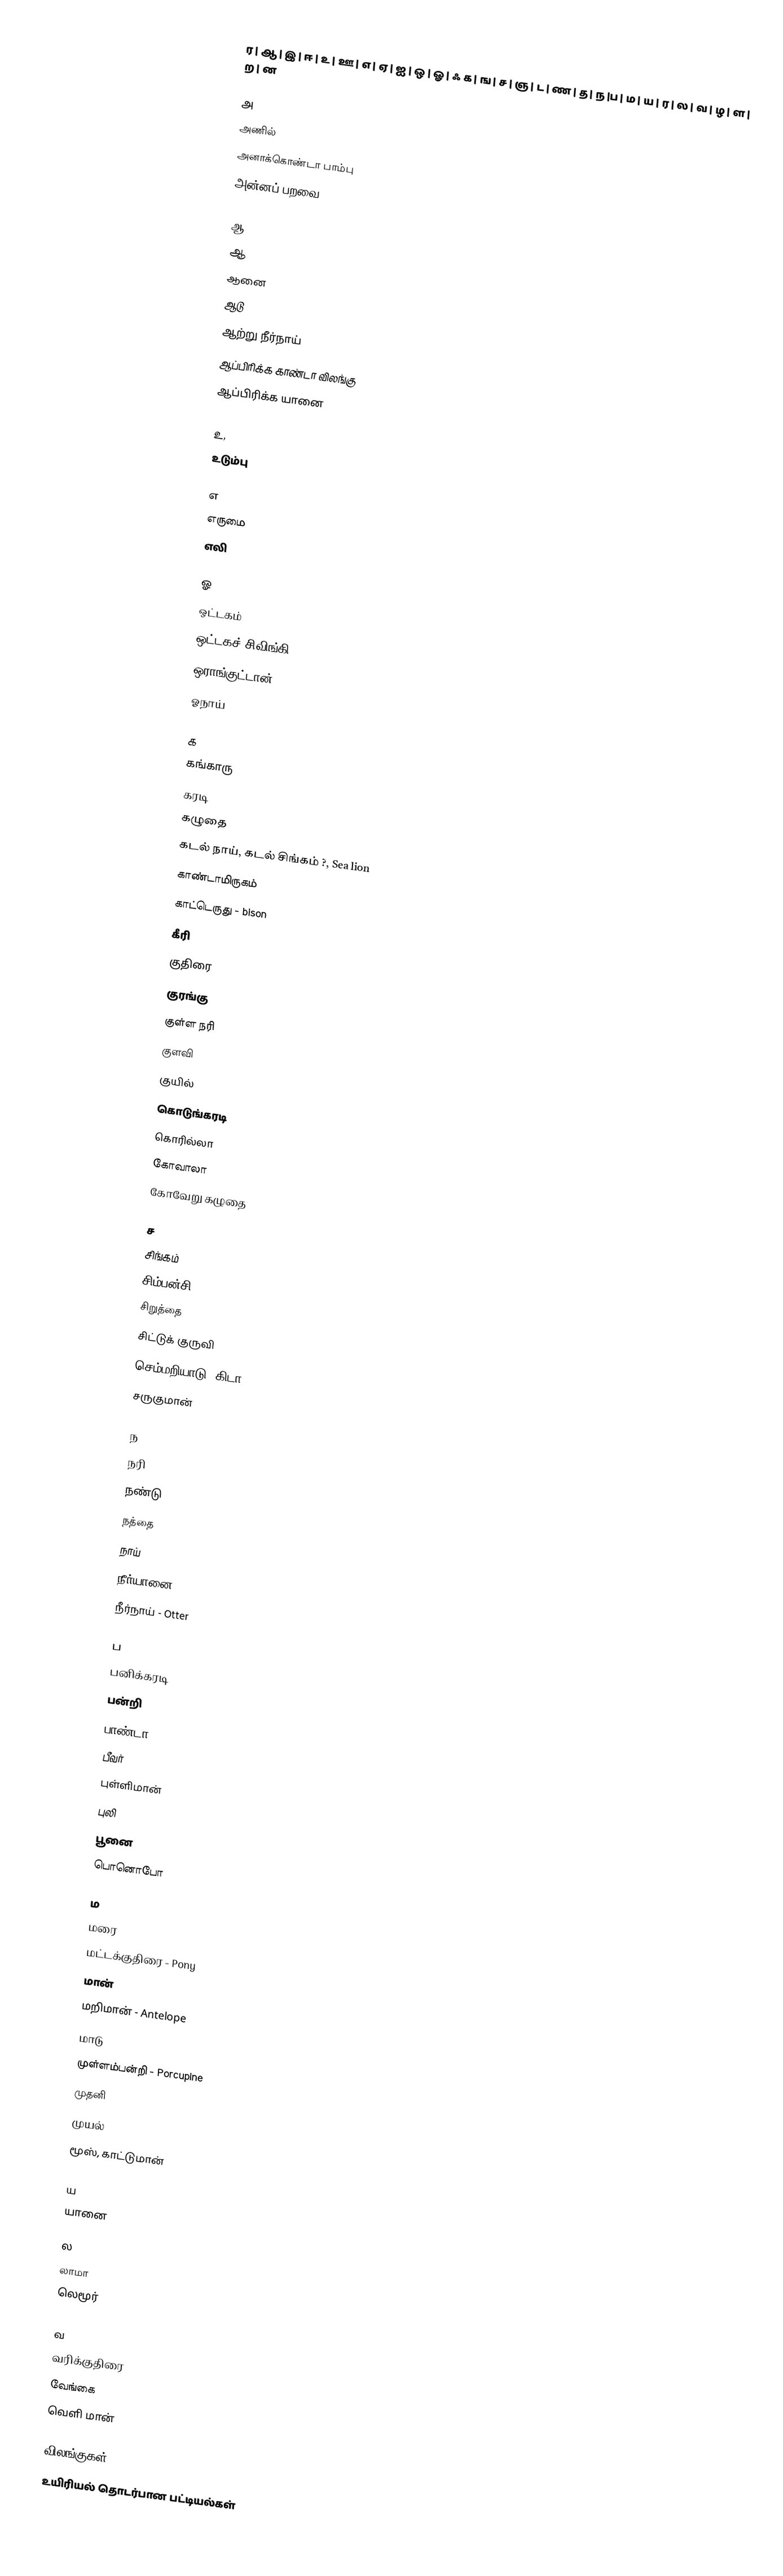
ர | ஆ | இ | ஈ | உ | ஊ | எ | ஏ | ஐ | ஒ | ஓ | ஃ க | ங | ச | ஞ | ட | ண | த | ந |ப | ம | ய | ர | ல | வ | ழ | ள | ற | ன

அ
 அணில்
 அனாக்கொண்டா பாம்பு
 அன்னப் பறவை

ஆ
 ஆ
 ஆனை
 ஆடு
 ஆற்று நீர்நாய்
 ஆப்பிரிக்க காண்டா விலங்கு
 ஆப்பிரிக்க யானை

உ,
 உடும்பு

எ
 எருமை
 எலி

ஓ
 ஒட்டகம்
 ஒட்டகச் சிவிங்கி
 ஒராங்குட்டான்
 ஓநாய்

க
 கங்காரு
 கரடி
 கழுதை
 கடல் நாய், கடல் சிங்கம் ?, Sea lion
 காண்டாமிருகம்
 காட்டெருது - bison
 கீரி
 குதிரை
 குரங்கு
 குள்ள நரி
 குளவி
 குயில்
 கொடுங்கரடி
 கொரில்லா
 கோவாலா
 கோவேறு கழுதை

ச
 சிங்கம்
 சிம்பன்சி
 சிறுத்தை
 சிட்டுக் குருவி
 செம்மறியாடு, கிடா
 சருகுமான்

ந
 நரி
 நண்டு
 நத்தை
 நாய்
 நீர்யானை
 நீர்நாய் - Otter

ப
 பனிக்கரடி
 பன்றி
 பாண்டா
 பீவர்
 புள்ளிமான்
 புலி
 பூனை
 பொனொபோ

ம
 மரை
 மட்டக்குதிரை - Pony
 மான்
 மறிமான் - Antelope
 மாடு
 முள்ளம்பன்றி - Porcupine
 முதனி
 முயல்
 மூஸ், காட்டுமான்

ய
 யானை

ல
 லாமா
 லெமூர்

வ
 வரிக்குதிரை
 வேங்கை
 வெளி மான்

விலங்குகள்
உயிரியல் தொடர்பான பட்டியல்கள்